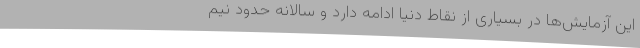
این آزمایش‌ها در بسیاری از نقاط دنیا ادامه دارد و سالانه حدود نیم